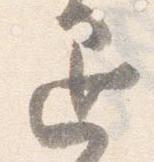
退